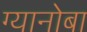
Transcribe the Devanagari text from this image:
ग्यानोबा